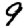
Digit: 9